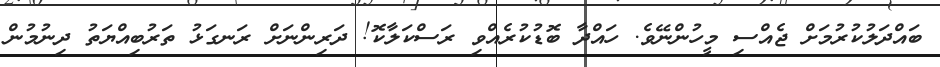
ބައްދަލުކުރުމަށް ޖެއްސި މީހުންނޭވެ. ހައްދާ ބޮޑުކުރެއްވި ރަސްކަލާކޮ! ދަރިންނަށް ރަނގަޅު ތަރުބިއްޔަތު ދިނުމުން